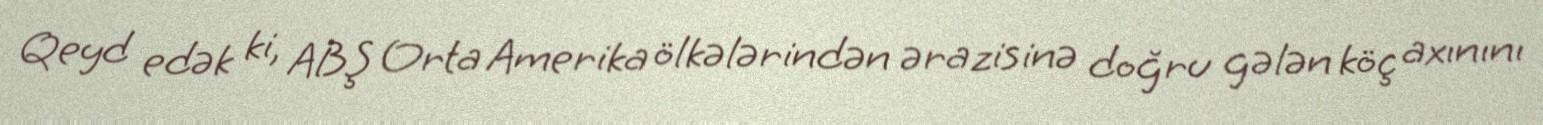
Qeyd edək ki, ABŞ Orta Amerika ölkələrindən ərazisinə doğru gələn köç axınını